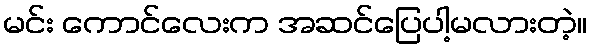
မင်း ကောင်လေးက အဆင်ပြေပါ့မလားတဲ့။